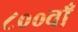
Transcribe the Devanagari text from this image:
८००वाँ